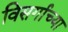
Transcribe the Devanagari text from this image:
विसर्गाच्या